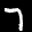
Label: 7